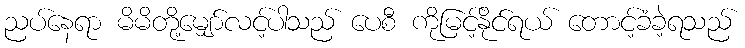
ညပ်နေရာ မိမိတို့မျှော်လင့်ပါသည် ပေစီ ကိုမြင့်နိုင်ရယ် တောင့်ခံခဲ့ရသည်